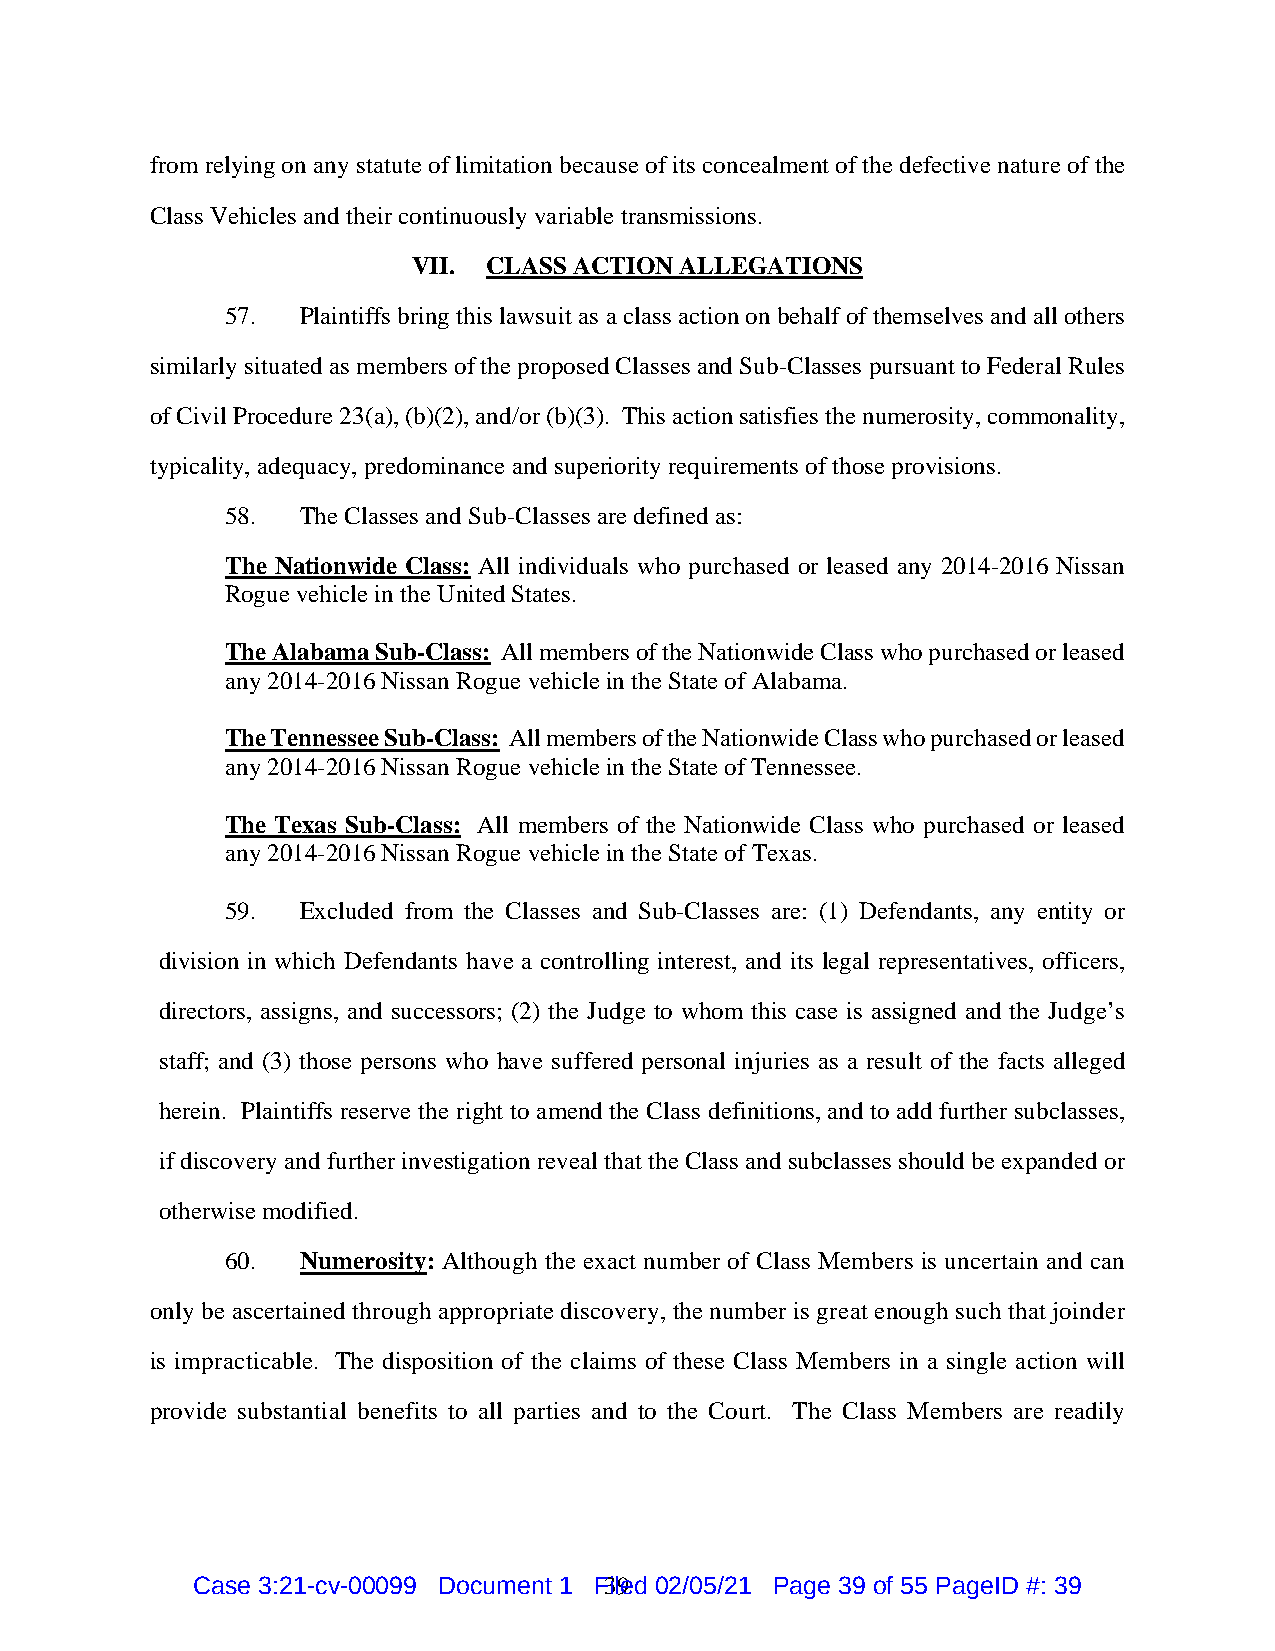
from relying on any statute of limitation because of its concealment of the defective nature of the
 Class Vehicles and their continuously variable transmissions.
 VII. CLASS ACTION ALLEGATIONS
 57.  Plaintiffs bring this lawsuit as a class action on behalf of themselves and all others
 similarly situated as members of the proposed Classes and Sub-Classes pursuant to Federal Rules
 of Civil Procedure 23(a), (b)(2), and/or (b)(3). This action satisfies the numerosity, commonality,
 typicality, adequacy, predominance and superiority requirements of those provisions.
 58.  The Classes and Sub-Classes are defined as:
 The Nationwide Class: All individuals who purchased or leased any 2014-2016 Nissan
 Rogue vehicle in the United States.
 The Alabama Sub-Class: All members of the Nationwide Class who purchased or leased
 any 2014-2016 Nissan Rogue vehicle in the State of Alabama.
 The Tennessee Sub-Class: All members of the Nationwide Class who purchased or leased
 any 2014-2016 Nissan Rogue vehicle in the State of Tennessee.
 The Texas Sub-Class: All members of the Nationwide Class who purchased or leased
 any 2014-2016 Nissan Rogue vehicle in the State of Texas.
 59.  Excluded from the Classes and Sub-Classes are: (1) Defendants, any entity or
 division in which Defendants have a controlling interest, and its legal representatives, officers,
 directors, assigns, and successors; (2) the Judge to whom this case is assigned and the Judge’s
 staff; and (3) those persons who have suffered personal injuries as a result of the facts alleged
 herein. Plaintiffs reserve the right to amend the Class definitions, and to add further subclasses,
 if discovery and further investigation reveal that the Class and subclasses should be expanded or
 otherwise modified.
 60.  Numerosity: Although the exact number of Class Members is uncertain and can
 only be ascertained through appropriate discovery, the number is great enough such that joinder
 is impracticable. The disposition of the claims of these Class Members in a single action will
 provide substantial benefits to all parties and to the Court. The Class Members are readily
 Case 3:21-cv-00099 Document 1 F3il9e d 02/05/21 Page 39 of 55 PageID #: 39